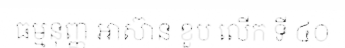
ធម្មនុញ្ញ អាស៊ាន ខួប លើក ទី ៤០